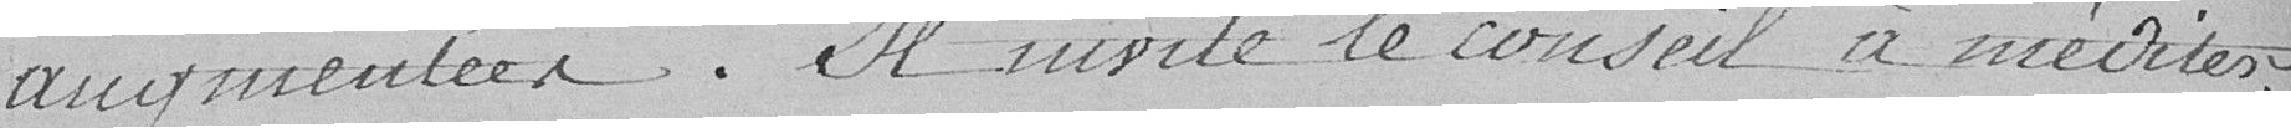
augmentées. Il invite le conseil à méditer,